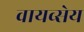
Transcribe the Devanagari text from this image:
वायव्सेय